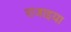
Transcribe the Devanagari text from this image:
राजाइया